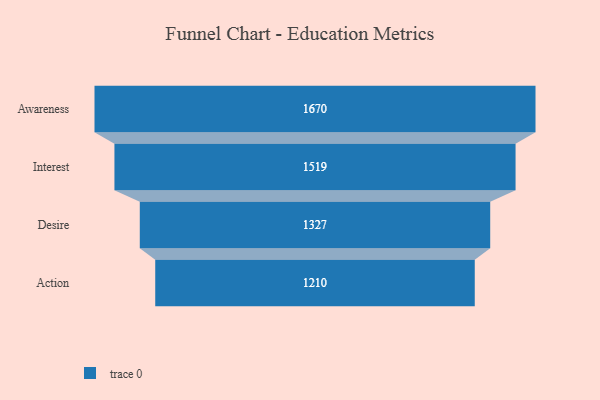
{"axis": {"x": "Stage", "y": "Value"}, "legend": [""], "data": [{"x": "Awareness", "y": 1670.0, "type": ""}, {"x": "Interest", "y": 1519.0, "type": ""}, {"x": "Desire", "y": 1327.0, "type": ""}, {"x": "Action", "y": 1210.0, "type": ""}]}